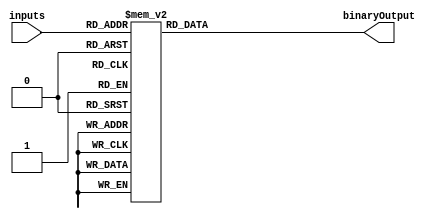
module DecimalPriorityEncoder (
    input [3:0] inputs,
    output reg [3:0] binaryOutput
);

always @(*) begin
    case (inputs)
        4'h0 : binaryOutput = 4'b0001; // Input 0 has highest priority
        4'h1 : binaryOutput = 4'b0010; // Input 1 has highest priority
        4'h2 : binaryOutput = 4'b0011; // Input 2 has highest priority
        4'h3 : binaryOutput = 4'b0100; // Input 3 has highest priority
        4'h4 : binaryOutput = 4'b0101; // Input 4 has highest priority
        4'h5 : binaryOutput = 4'b0110; // Input 5 has highest priority
        4'h6 : binaryOutput = 4'b0111; // Input 6 has highest priority
        4'h7 : binaryOutput = 4'b1000; // Input 7 has highest priority
        4'h8 : binaryOutput = 4'b1001; // Input 8 has highest priority
        4'h9 : binaryOutput = 4'b1010; // Input 9 has highest priority
        4'ha : binaryOutput = 4'b1011; // Input 10 has highest priority
        4'hb : binaryOutput = 4'b1100; // Input 11 has highest priority
        4'hc : binaryOutput = 4'b1101; // Input 12 has highest priority
        4'hd : binaryOutput = 4'b1110; // Input 13 has highest priority
        4'he : binaryOutput = 4'b1111; // Input 14 has highest priority
        default: binaryOutput = 4'b0000; // Default case
    endcase
end

endmodule